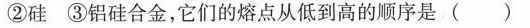
②硅③铝硅合金，它们的熔点从低到高的顺序是( )